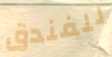
للفندق